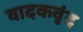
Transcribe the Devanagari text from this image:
वादकवृंद